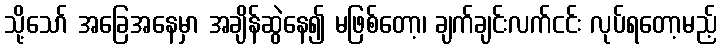
သို့သော် အခြေအနေမှာ အချိန်ဆွဲနေ၍ မဖြစ်တော့၊ ချက်ချင်းလက်ငင်း လုပ်ရတော့မည့်